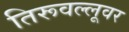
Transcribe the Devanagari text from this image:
तिरूवल्लूवर